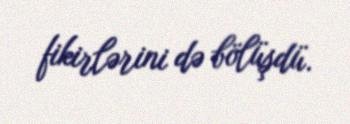
fikirlərini də bölüşdü.